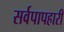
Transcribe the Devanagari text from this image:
सर्वपापहारी